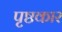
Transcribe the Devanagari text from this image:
पृष्ठकार